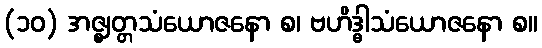
(၁၀) အဇ္ဈတ္တသံယောဇနော စ၊ ဗဟိဒ္ဓါသံယောဇနော စ။